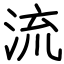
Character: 流